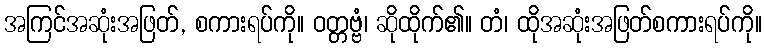
အကြင်အဆုံးအဖြတ်, စကားရပ်ကို။ ဝတ္တဗ္ဗံ၊ ဆိုထိုက်၏။ တံ၊ ထိုအဆုံးအဖြတ်စကားရပ်ကို။